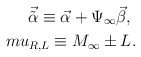
\begin{align*}{\vec {\tilde \alpha}}\equiv{\vec \alpha}+\Psi_{\infty}{\vec\beta}, \ \\mu_{R,L}\equiv M_{\infty}\pm L.\end{align*}